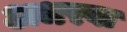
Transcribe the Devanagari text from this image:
अधरवा